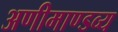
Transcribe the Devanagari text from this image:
अणीमाण्डव्य